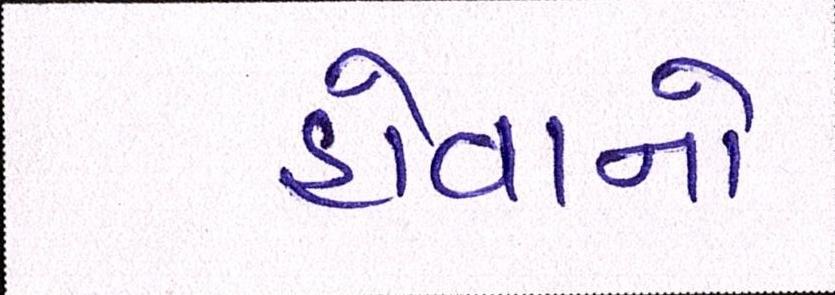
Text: હોવાનો